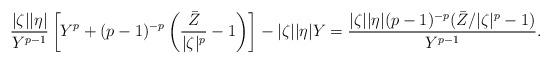
LaTeX: \begin{align*}\frac{|\zeta||\eta|}{Y^{p-1}}\left[Y^p+(p-1)^{-p}\left(\frac{\bar{Z}}{|\zeta|^p}-1\right)\right]-|\zeta||\eta|Y &=\frac{|\zeta||\eta|(p-1)^{-p}(\bar{Z}/|\zeta|^p-1)}{Y^{p-1}}.\end{align*}